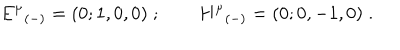
{ E ^ { \mu } } _ { ( - ) } = ( 0 ; 1 , 0 , 0 ) \; ; \qquad { H ^ { \mu } } _ { ( - ) } = ( 0 ; 0 , - 1 , 0 ) \; .